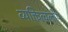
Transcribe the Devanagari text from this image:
व्यक्तित्वलोप